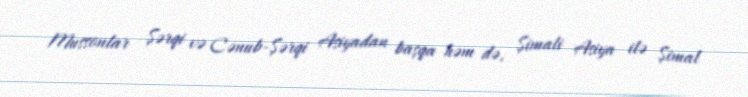
Mussonlar Şərqi və Cənub-Şərqi Asiyadan başqa həm də, Şimali Asiya ilə Şimal